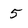
Character: 5